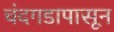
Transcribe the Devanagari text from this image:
चंदगडापासून